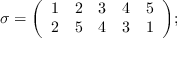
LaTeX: \sigma = { \left( \begin{array} { l l l l l } { 1 } & { 2 } & { 3 } & { 4 } & { 5 } \\ { 2 } & { 5 } & { 4 } & { 3 } & { 1 } \end{array} \right) } ;